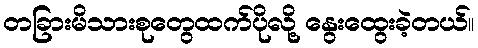
တခြားမိသားစုတွေထက်ပိုလို့ နွေးထွေးခဲ့တယ်။